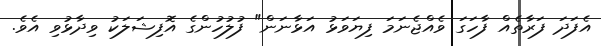
އެފަދަ ފަރާތެއް ފާހަގަ ވެއްޖެނަމަ ފިޔަވަޅު އަޅާނަން" ފުލުހުންގެ އޮފިޝަލަކު ވިދާޅުވި އެވެ.